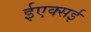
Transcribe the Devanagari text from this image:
ईएक्सई